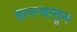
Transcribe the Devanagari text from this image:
हल्ल्यातून